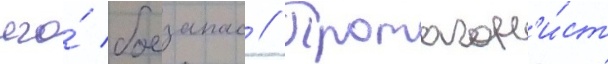
его́ боезапас // Протагон'и́ст